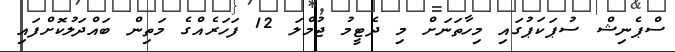
ސްޕެނިޝް ސުޕަކަޕުގައި މިހާތަނަށް މި ދެޓީމު ޖުމްލަ 12 ފަހަރެއްގެ މަތިން ބައްދަލުކޮށްފައި